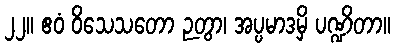
၂၂။ ဧဝံ ဝိသေသတော ဉတွာ၊ အပ္ပမာဒမှိ ပဏ္ဍိတာ။